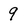
Character: 9